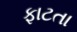
ફાટતા